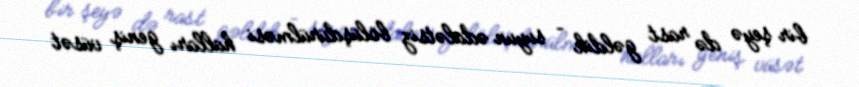
bir şeyə də rast gəldik – suyun ədalətsiz bölüşdürülməsi halları geniş vüsət